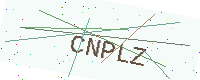
Text: CNPLZ